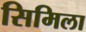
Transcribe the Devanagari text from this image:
सिमिला